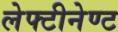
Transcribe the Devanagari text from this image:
लेफ्टीनेण्ट